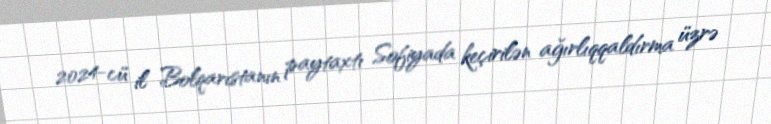
2024-cü il Bolqarıstanın paytaxtı Sofiyada keçirilən ağırlıqqaldırma üzrə